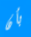
بأن